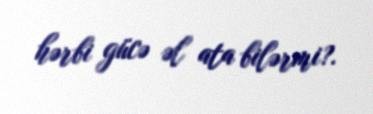
hərbi gücə əl ata bilərmi?.